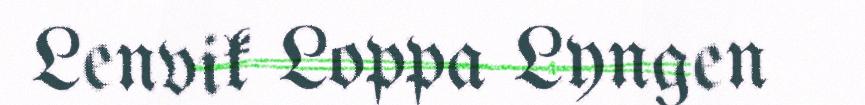
Lenvik Loppa Lyngen